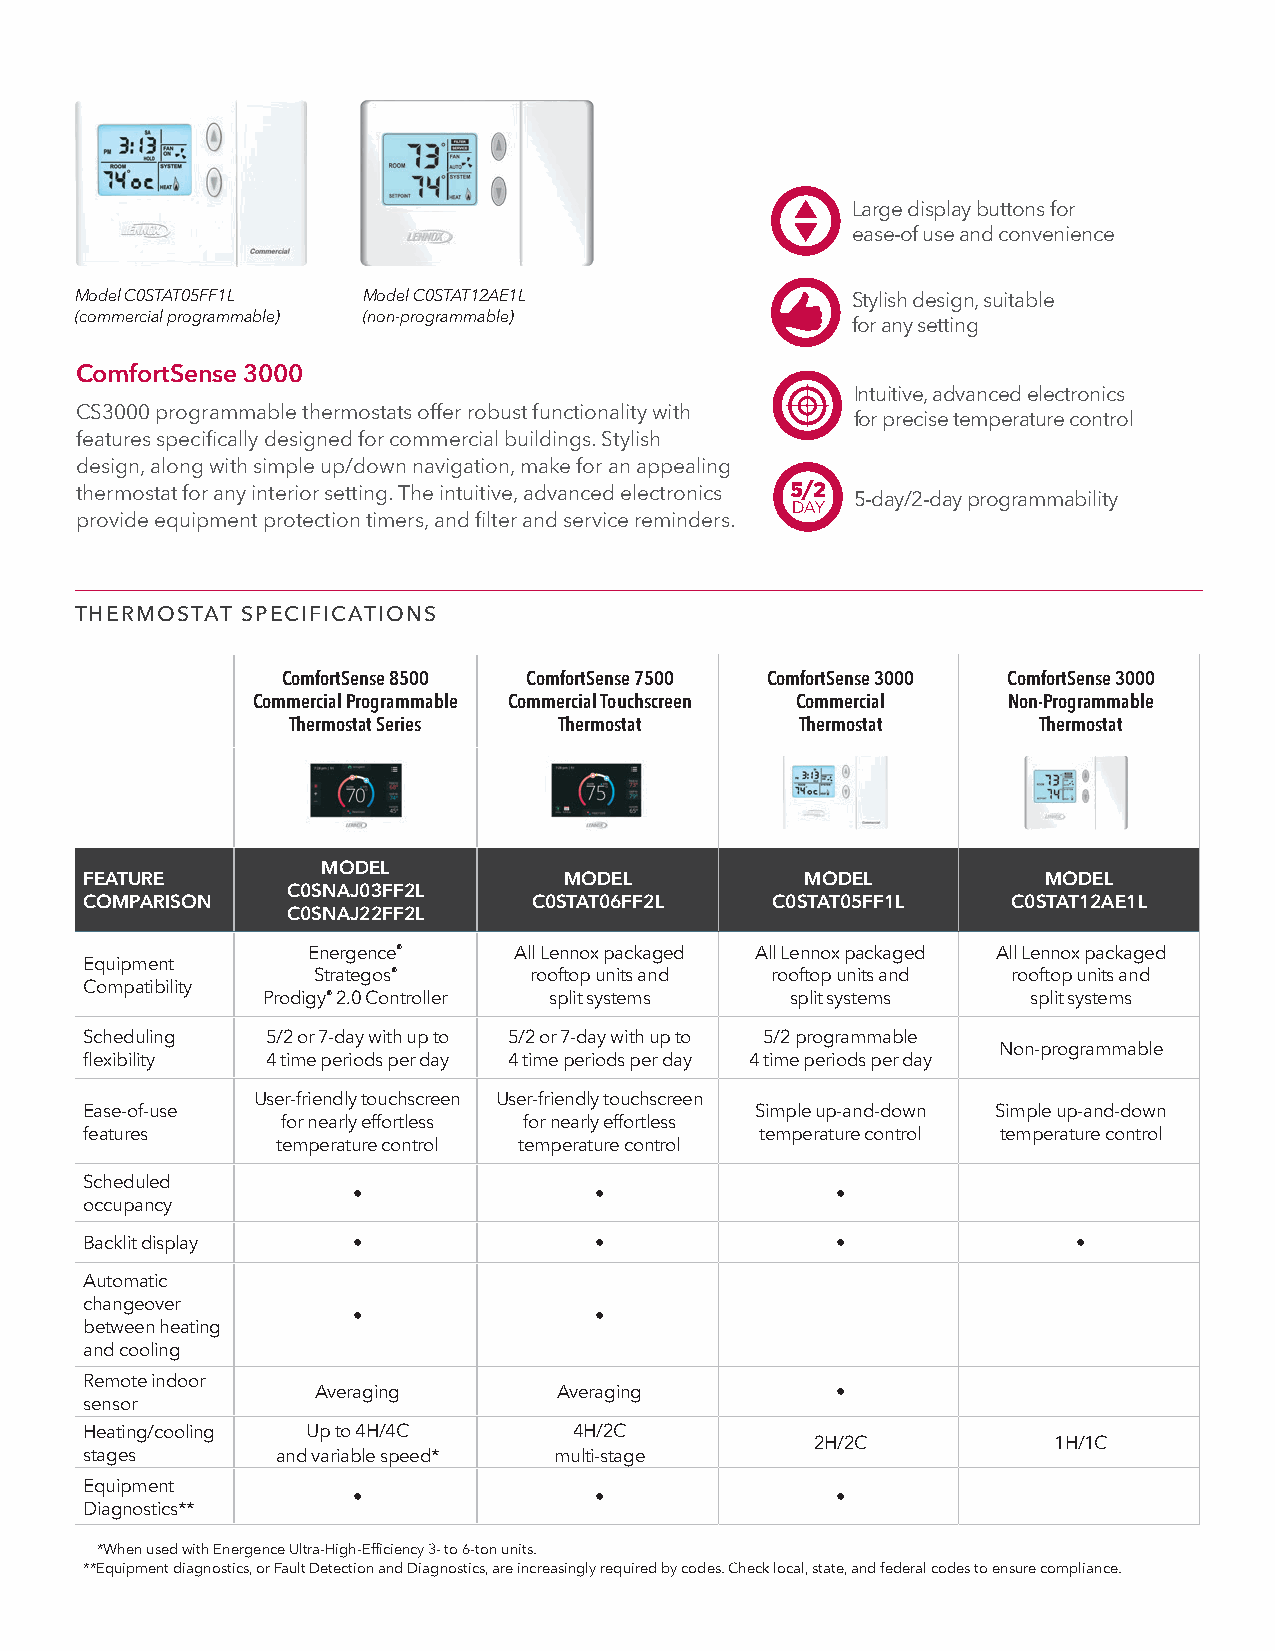
Large display buttons for
 ease-of use and convenience
 Model C0STAT05FF1L Model C0STAT12AE1L              Stylish design, suitable
 (commercial programmable) (non-programmable)
 for any setting
 ComfortSense 3000
 Intuitive, advanced electronics
 CS3000 programmable thermostats offer robust functionality with
 for precise temperature control
 features specifically designed for commercial buildings. Stylish
 design, along with simple up/down navigation, make for an appealing
 thermostat for any interior setting. The intuitive, advanced electronics 5/2 5-day/2-day programmability
 DAY
 provide equipment protection timers, and filter and service reminders.
 THERMOSTAT SPECIFICATIONS
 ComfortSense 8500 ComfortSense 7500 ComfortSense 3000 ComfortSense 3000
 Commercial Programmable Commercial Touchscreen Commercial Non-Programmable
 Thermostat Series Thermostat      Thermostat      Thermostat
 MODEL
 FEATURE                        MODEL           MODEL           MODEL
 C0SNAJ03FF2L
 COMPARISON                   C0STAT06FF2L    C0STAT05FF1L    C0STAT12AE1L
 C0SNAJ22FF2L
 Energence®    All Lennox packaged All Lennox packaged All Lennox packaged
 Equipment
 Strategos®    rooftop units and rooftop units and rooftop units and
 Compatibility
 Prodigy® 2.0 Controller split systems split systems split systems
 Scheduling  5/2 or 7-day with up to 5/2 or 7-day with up to 5/2 programmable
 Non-programmable
 flexibility 4 time periods per day 4 time periods per day 4 time periods per day
 User-friendly touchscreen User-friendly touchscreen
 Ease-of-use                                 Simple up-and-down Simple up-and-down
 for nearly effortless for nearly effortless
 features                                    temperature control temperature control
 temperature control temperature control
 Scheduled
 •               •               •
 occupancy
 Backlit display  •               •               •               •
 Automatic
 changeover
 •               •
 between heating
 and cooling
 Remote indoor
 Averaging       Averaging         •
 sensor
 Heating/cooling Up to 4H/4C     4H/2C
 2H/2C           1H/1C
 stages      and variable speed* multi-stage
 Equipment
 •               •               •
 Diagnostics**
 *When used with Energence Ultra-High-Efficiency 3- to 6-ton units.
 **Equipment diagnostics, or Fault Detection and Diagnostics, are increasingly required by codes. Check local, state, and federal codes to ensure compliance.